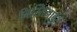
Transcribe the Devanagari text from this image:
निस्तिनाबुत